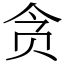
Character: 贪